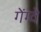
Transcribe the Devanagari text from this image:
गेंग्वे